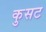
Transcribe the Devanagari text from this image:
कुसट